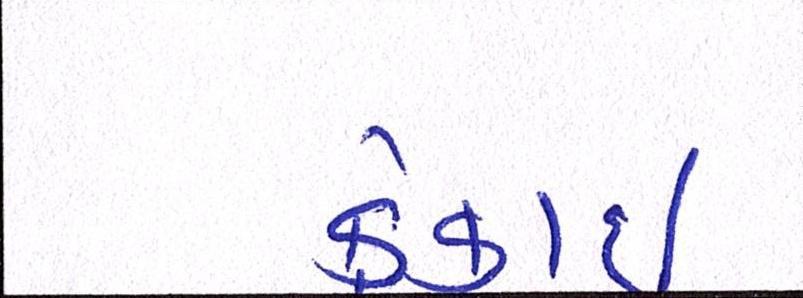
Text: ક્રેકાઇ